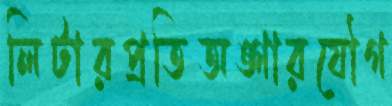
লিটারপ্রতিঅঙ্গারযৌগ